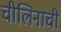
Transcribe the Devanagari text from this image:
चीलिनाची